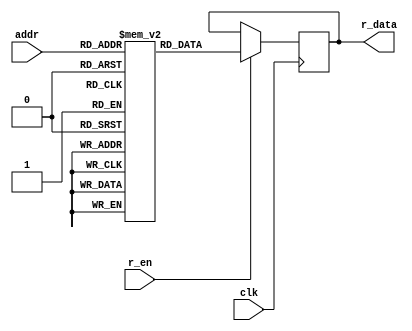
module iob_rom_sp
  #(
    parameter DATA_W = 8,
    parameter ADDR_W = 10,
    parameter HEXFILE = "none"
	)
   (
    input                    clk,
    input                    r_en,
    input [ADDR_W-1:0]       addr,
    output reg [DATA_W-1:0]  r_data
    );
   
   // this allows ISE 14.7 to work; do not remove
   localparam mem_init_file_int = HEXFILE;

   // Declare the ROM
   reg [DATA_W-1:0]     rom[(2**ADDR_W)-1:0];

   // Initialize the ROM
   initial 
     if(mem_init_file_int != "none")
       $readmemh(mem_init_file_int, rom, 0, (2**ADDR_W)-1);

   // Operate the ROM
   always @(posedge clk)
     if(r_en)
       r_data <= rom[addr];
   
endmodule